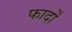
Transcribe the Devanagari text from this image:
फार्दों